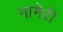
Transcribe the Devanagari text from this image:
नामेरी